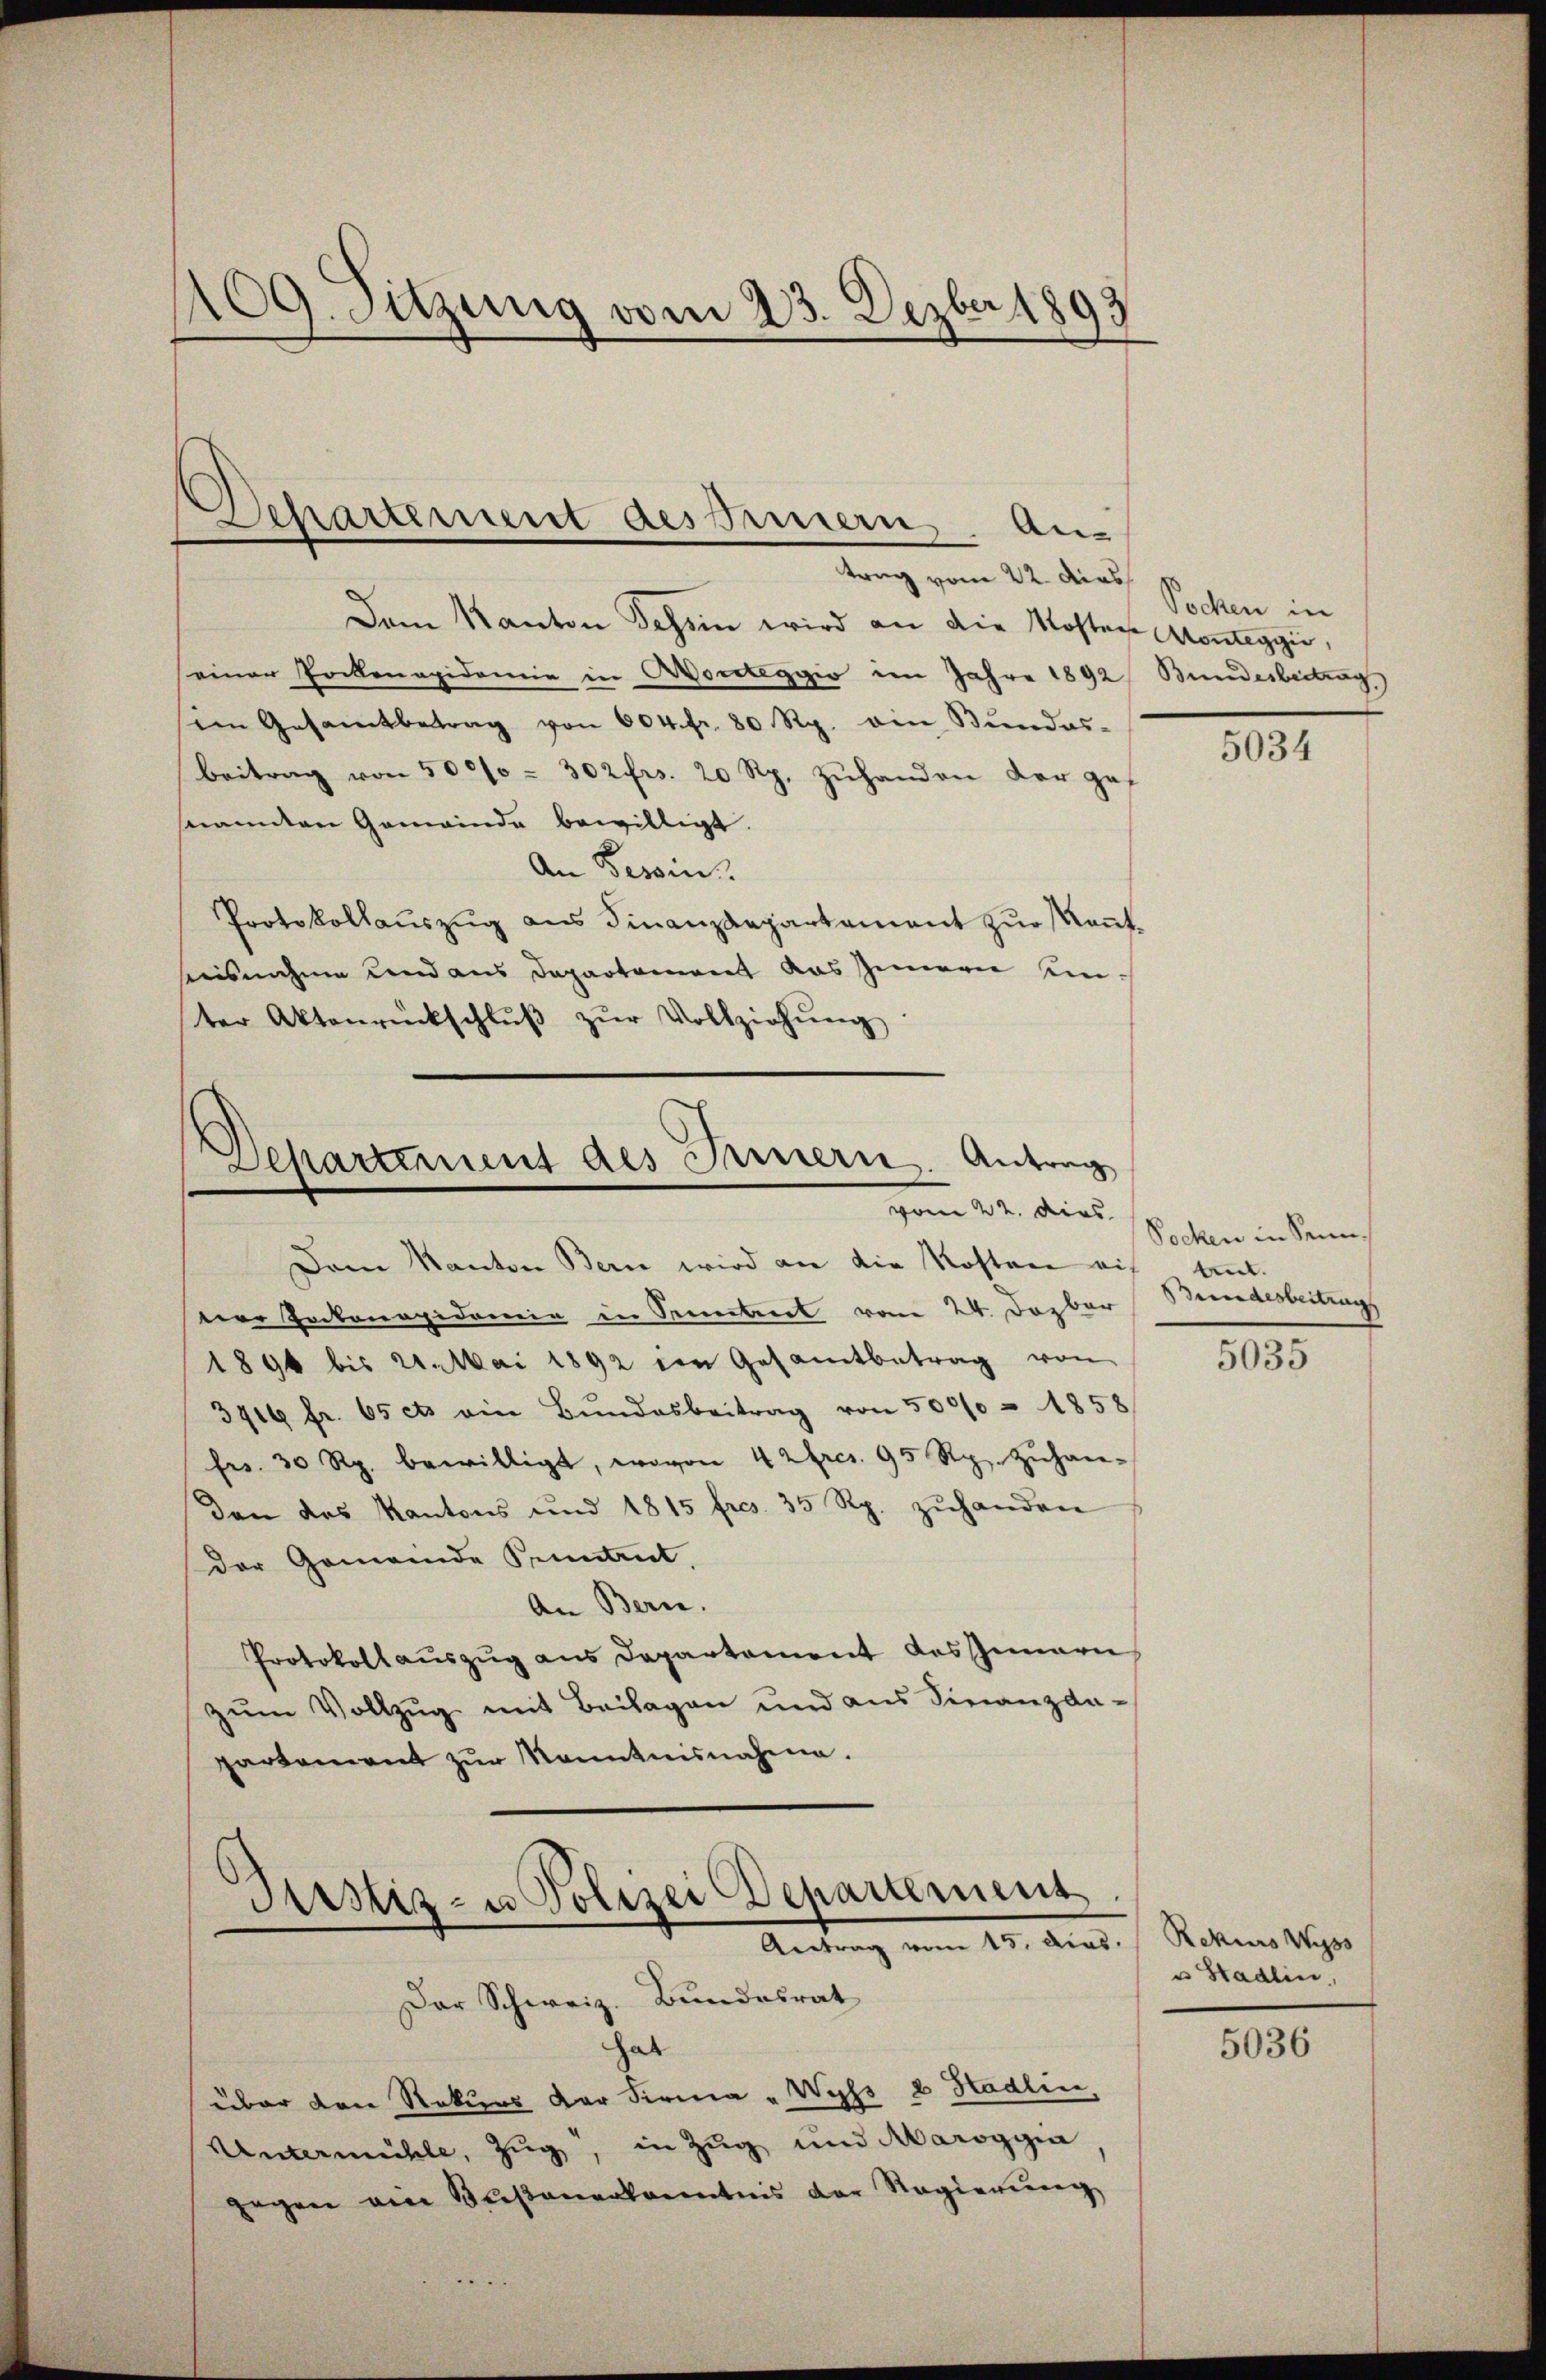
109. Sitzung vom 23. Dezbr 1893

Departement des Innern. An-
trag vom 22. dies

Dem Kanton Tessin wird an die Kosten Montaggi,
seiner Pockenapidemie in Worteggio im Jahre 1892 Bundesbeitrag
sien Gesamtbetrag von 604. fr. 80 Rp. ein Bŭndes-
Beitrag von 500/0 - 302 frs. 20 Rp. zŭhanden der ges
snannten Gemeinde bewilligt.
An Tessin.
Protokollauszug aus Finanzdepartament zur Kenntisnahme und aus Departement das Zimern umter Aktenrückschlŭβ zŭr Vollziehŭng

Departement des Innern. Antrag
vom 22. dies

Antrag vom 15. das

Dem Kanton Bern wird an die Kosten eis
ter Inkonapidemie in Seiteret vom 24 Dezber
1894 bis 2. Mai 1892 im Gesamtbetrag von
3416 fr. 65 cts ein Bŭndesbeitrag von 500/0 - 1858
frs. 30 Rp. bewilligt, wovon 42 Ercs. 95 Rp. zŭhan-
Dan das Kantons und 1815 frs. 35 Rp. zŭhanden
der Gemeinde Peintrit
An Bern.
Protokollauszug aus Departement des Innern
zum Vollzug mit Beilagen und aus Finanzda-
partement zŭr Kenntnisnahme.
Justiz- u Polizei Departement

Der Schweiz. Bundesrat
hat
über den Rekurs der Firma „Wyss 2 Hadlin,
Untermühle, Zug, in Zug und Maroggia
gegen ein Basanerkanntnis der Regierung

Sochen in

5034

Socken in Senntinnt.
Bundesbertrags

5035

Rekurs Wyss
u Stadlin,

5036